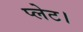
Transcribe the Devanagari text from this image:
प्लेट।